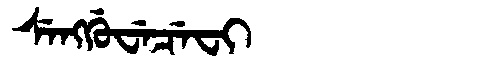
Manchu: ᠰᡝᠩᡤᡠᠸᡝᠴᡝᠸᡳ
Romanization: SENGGUWECEFI